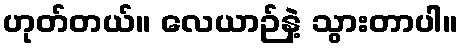
ဟုတ်တယ်။ လေယာဉ်နဲ့ သွားတာပါ။